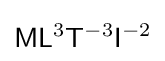
{\mathsf {M}}{\mathsf {L}}^{3}{\mathsf {T}}^{-3}{\mathsf {I}}^{-2}